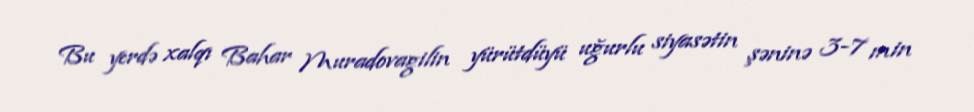
Bu yerdə xalqı Bahar Muradovagilin yürütdüyü uğurlu siyasətin şəninə 3-7 min